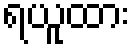
ရယူထား